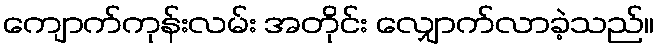
ကျောက်ကုန်းလမ်း အတိုင်း လျှောက်လာခဲ့သည်။